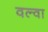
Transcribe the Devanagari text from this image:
वल्वा